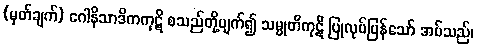
(မှတ်ချက်) ဂေါနိသာဒိကကုဋိ စသည်တို့ပျက်၍ သမ္မုတိကုဋိ ပြုလုပ်ပြန်သော် အပ်သည်၊